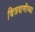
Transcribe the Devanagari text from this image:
चित्रवाणीच्या